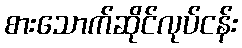
စားသောက်ဆိုင်လုပ်ငန်း